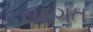
સદગત